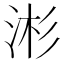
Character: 涁